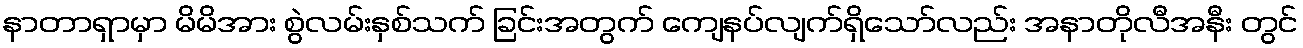
နာတာရှာမှာ မိမိအား စွဲလမ်းနှစ်သက် ခြင်းအတွက် ကျေနပ်လျက်ရှိသော်လည်း အနာတိုလီအနီး တွင်